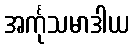
အင်္ကုသမာဒါယ